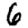
Digit: 6